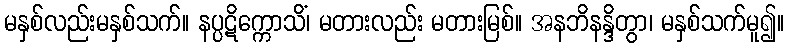
မနှစ်လည်းမနှစ်သက်။ နပ္ပဋိက္ကောသိံ၊ မတားလည်း မတားမြစ်။ အနဘိနန္ဒိတွာ၊ မနှစ်သက်မူ၍။